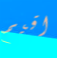
اقيم